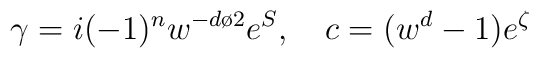
\gamma =i(-1)^{{n}} w^{-{{d}\o 2}}e^{ S}, \quad c =(w^{d}-1) e^{\zeta}